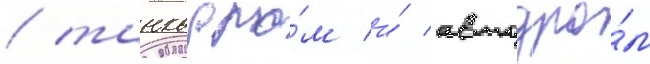
/ танкодро́м и́ автодро́м